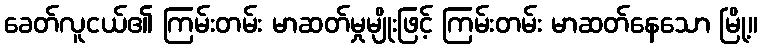
ခေတ်လူငယ်၏ ကြမ်းတမ်း မာဆတ်မှုမျိုးဖြင့် ကြမ်းတမ်း မာဆတ်နေသော မြို့။